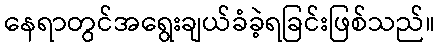
နေရာတွင်အရွေးချယ်ခံခဲ့ရခြင်းဖြစ်သည်။